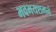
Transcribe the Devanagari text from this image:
भवभयशमनं